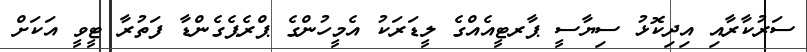
ސަރުކާރާއި އިދިކޮޅު ސިޔާސީ ޕާރޓީއެއްގެ ލީޑަރަކު އެމީހުންގެ ޕްރެޕެގެންޑާ ފަތުރާ ޓީވީ އަކަށް